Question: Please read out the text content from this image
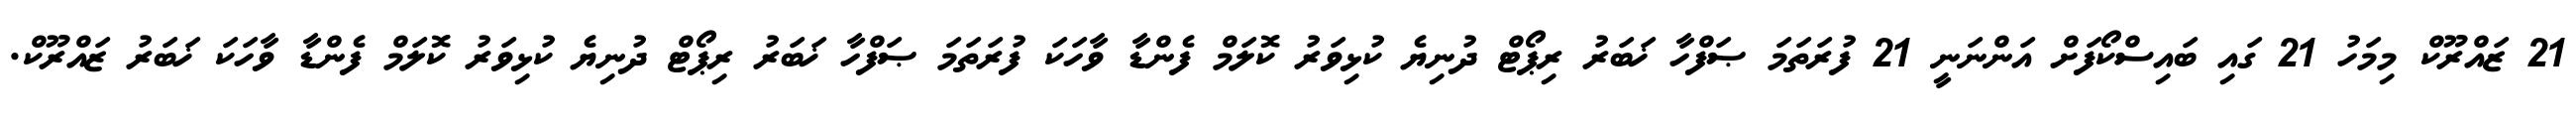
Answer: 21 ޒައްރޫކް މިމަހު 21 ގައި ބައިސްކޯފަށް އަންނަނީ 21 ފުރަތަމަ ޞަފްހާ ޚަބަރު ރިޕޯޓް ދުނިޔެ ކުޅިވަރު ކޮލަމް ފެންޑާ ވާހަކަ ފުރަތަމަ ޞަފްހާ ޚަބަރު ރިޕޯޓް ދުނިޔެ ކުޅިވަރު ކޮލަމް ފެންޑާ ވާހަކަ ޚަބަރު ޒައްރޫކް.